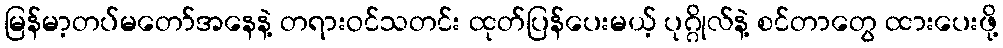
မြန်မာ့တပ်မတော်အနေနဲ့ တရားဝင်သတင်း ထုတ်ပြန်ပေးမယ့် ပုဂ္ဂိုလ်နဲ့ စင်တာတွေ ထားပေးဖို့